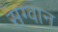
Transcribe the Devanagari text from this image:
सग्वान